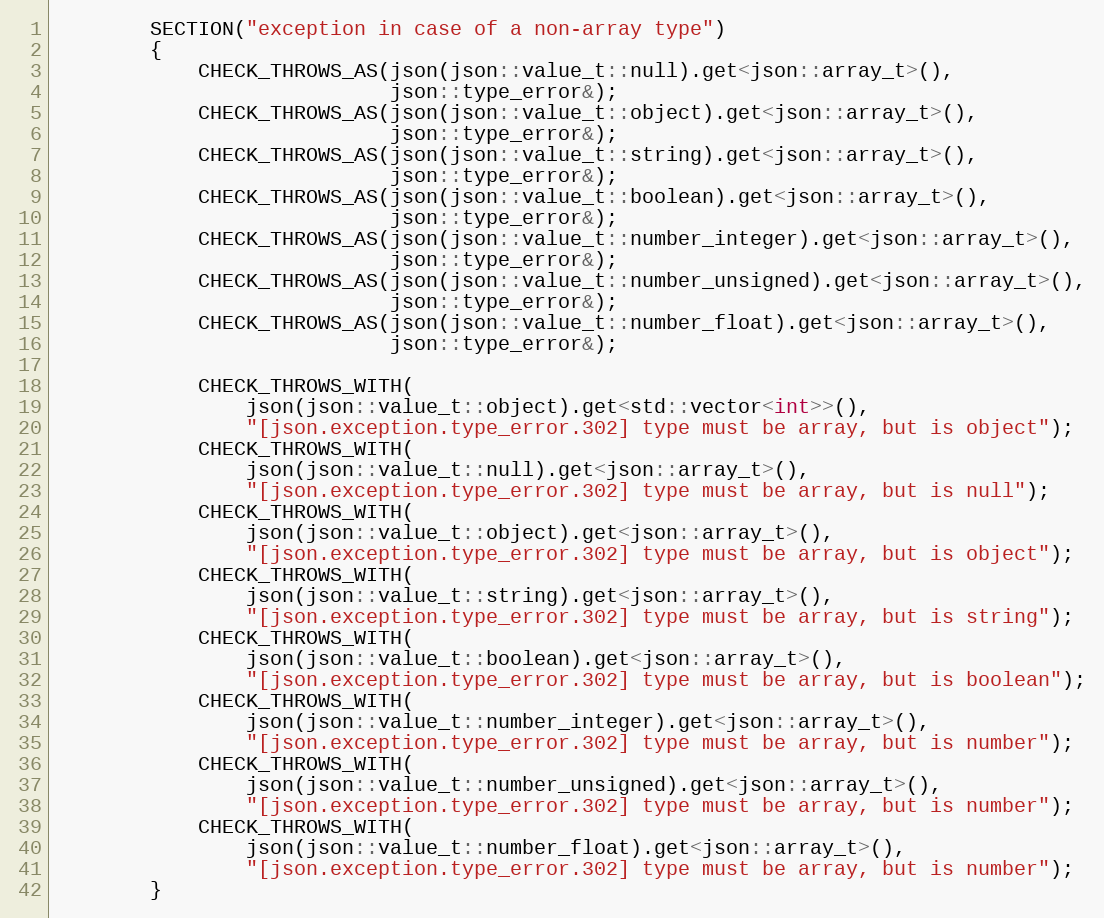
Language: C++
        SECTION("exception in case of a non-array type")
        {
            CHECK_THROWS_AS(json(json::value_t::null).get<json::array_t>(),
                            json::type_error&);
            CHECK_THROWS_AS(json(json::value_t::object).get<json::array_t>(),
                            json::type_error&);
            CHECK_THROWS_AS(json(json::value_t::string).get<json::array_t>(),
                            json::type_error&);
            CHECK_THROWS_AS(json(json::value_t::boolean).get<json::array_t>(),
                            json::type_error&);
            CHECK_THROWS_AS(json(json::value_t::number_integer).get<json::array_t>(),
                            json::type_error&);
            CHECK_THROWS_AS(json(json::value_t::number_unsigned).get<json::array_t>(),
                            json::type_error&);
            CHECK_THROWS_AS(json(json::value_t::number_float).get<json::array_t>(),
                            json::type_error&);

            CHECK_THROWS_WITH(
                json(json::value_t::object).get<std::vector<int>>(),
                "[json.exception.type_error.302] type must be array, but is object");
            CHECK_THROWS_WITH(
                json(json::value_t::null).get<json::array_t>(),
                "[json.exception.type_error.302] type must be array, but is null");
            CHECK_THROWS_WITH(
                json(json::value_t::object).get<json::array_t>(),
                "[json.exception.type_error.302] type must be array, but is object");
            CHECK_THROWS_WITH(
                json(json::value_t::string).get<json::array_t>(),
                "[json.exception.type_error.302] type must be array, but is string");
            CHECK_THROWS_WITH(
                json(json::value_t::boolean).get<json::array_t>(),
                "[json.exception.type_error.302] type must be array, but is boolean");
            CHECK_THROWS_WITH(
                json(json::value_t::number_integer).get<json::array_t>(),
                "[json.exception.type_error.302] type must be array, but is number");
            CHECK_THROWS_WITH(
                json(json::value_t::number_unsigned).get<json::array_t>(),
                "[json.exception.type_error.302] type must be array, but is number");
            CHECK_THROWS_WITH(
                json(json::value_t::number_float).get<json::array_t>(),
                "[json.exception.type_error.302] type must be array, but is number");
        }